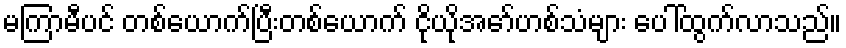
မကြာမီပင် တစ်ယောက်ပြီးတစ်ယောက် ငိုယိုအော်ဟစ်သံများ ပေါ်ထွက်လာသည်။